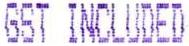
GST INCLUDED